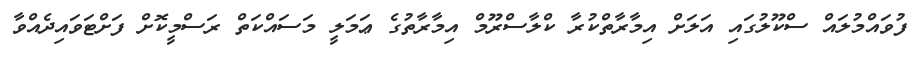
ފުވައްމުލައް ސްކޫލުގައި އަލަށް އިމާރާތްކުރާ ކްލާސްރޫމް އިމާރާތުގެ ޢަމަލީ މަސައްކަތް ރަސްމީކޮށް ފަށްޓަވައިދެއްވާ